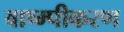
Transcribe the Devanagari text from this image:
वाष्म्पीकरण